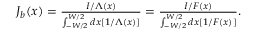
\begin{array} { r } { J _ { b } ( x ) = \frac { I / \Lambda ( x ) } { \int _ { - W / 2 } ^ { W / 2 } d x [ 1 / \Lambda ( x ) ] } = \frac { I / F ( x ) } { \int _ { - W / 2 } ^ { W / 2 } d x [ 1 / F ( x ) ] } . } \end{array}